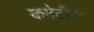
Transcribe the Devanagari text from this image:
कमेटीके